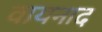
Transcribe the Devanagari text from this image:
वायनाद